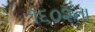
૧૬૦૨ના